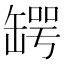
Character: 𦉅